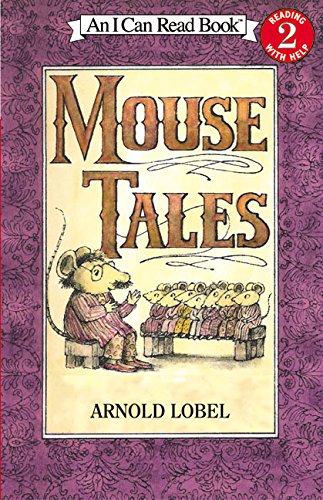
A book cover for Mouse Tales (I Can Read Level 2); Arnold Lobel; Children's Books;